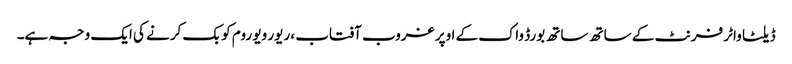
ڈیلٹا واٹر فرنٹ کے ساتھ ساتھ بورڈ واک کے اوپر غروب آفتاب ، ریور ویو روم کو بک کرنے کی ایک وجہ ہے۔